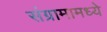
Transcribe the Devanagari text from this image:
संग्रामामध्‍ये